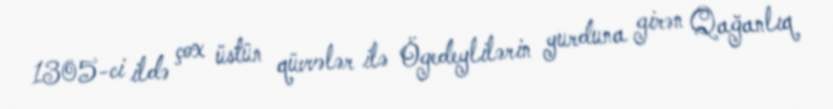
1305-ci ildə çox üstün qüvvələr ilə Ögedeylilərin yurduna girən Qağanlıq